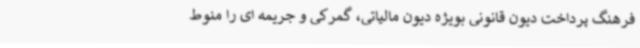
فرهنگ پرداخت دیون قانونی بویژه دیون مالیاتی، گمرکی و جریمه ای را منوط